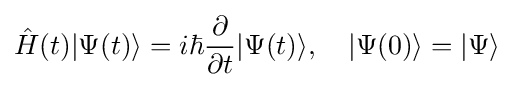
{\hat {H}}(t)|\Psi (t)\rangle =i\hbar {\frac {\partial }{\partial t}}|\Psi (t)\rangle ,\ \ \ |\Psi (0)\rangle =|\Psi \rangle